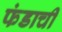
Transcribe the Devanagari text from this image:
फंडाची